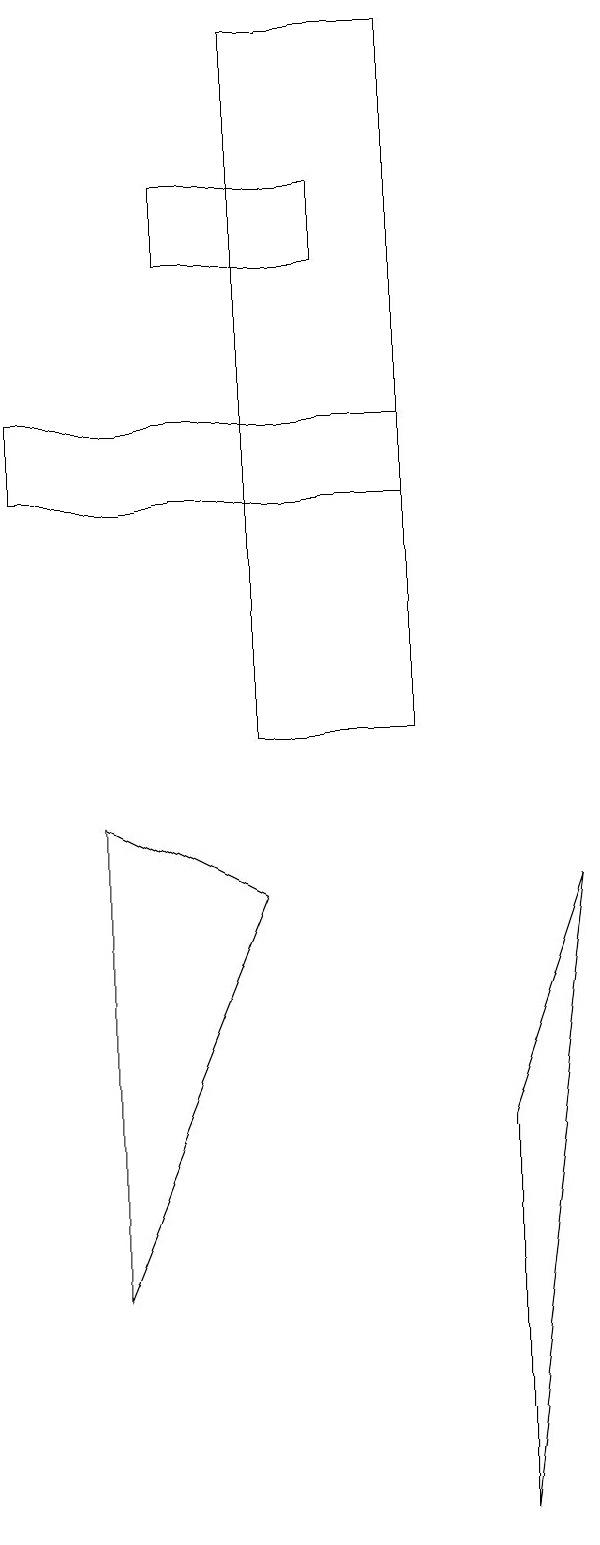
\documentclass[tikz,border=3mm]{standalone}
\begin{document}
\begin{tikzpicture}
\draw (4,10) rectangle (6,19);
\draw (2,3) -- (4,8) -- (2,9) -- cycle;
\draw (7,0) -- (8,8) -- (7,5) -- cycle;
\draw (3,16) rectangle (5,17);
\draw (1,13) rectangle (6,14);
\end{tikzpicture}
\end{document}